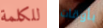
للكلمة بأوقات